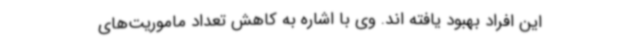
این افراد بهبود یافته اند. وی با اشاره به کاهش تعداد ماموریت‌های